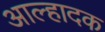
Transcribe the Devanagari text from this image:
आल्हादक